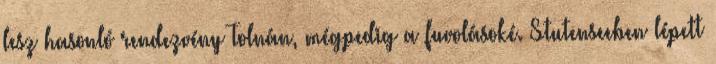
lesz hasonló rendezvény Tolnán, mégpedig a fuvolásoké. Stutenseeben lépett